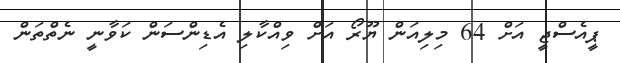
ޕީއެސްޖީ އަށް 64 މިލިއަން ޔޫރޯ އަށް ވިއްކާލި އެޑިންސަން ކަވާނީ ނެތްތަން